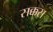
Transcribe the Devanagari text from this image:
सक्कस